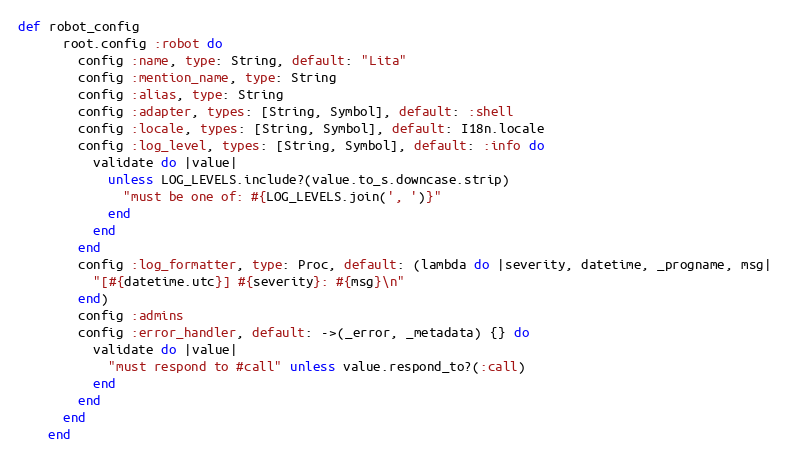
Language: Ruby
def robot_config
      root.config :robot do
        config :name, type: String, default: "Lita"
        config :mention_name, type: String
        config :alias, type: String
        config :adapter, types: [String, Symbol], default: :shell
        config :locale, types: [String, Symbol], default: I18n.locale
        config :log_level, types: [String, Symbol], default: :info do
          validate do |value|
            unless LOG_LEVELS.include?(value.to_s.downcase.strip)
              "must be one of: #{LOG_LEVELS.join(', ')}"
            end
          end
        end
        config :log_formatter, type: Proc, default: (lambda do |severity, datetime, _progname, msg|
          "[#{datetime.utc}] #{severity}: #{msg}\n"
        end)
        config :admins
        config :error_handler, default: ->(_error, _metadata) {} do
          validate do |value|
            "must respond to #call" unless value.respond_to?(:call)
          end
        end
      end
    end